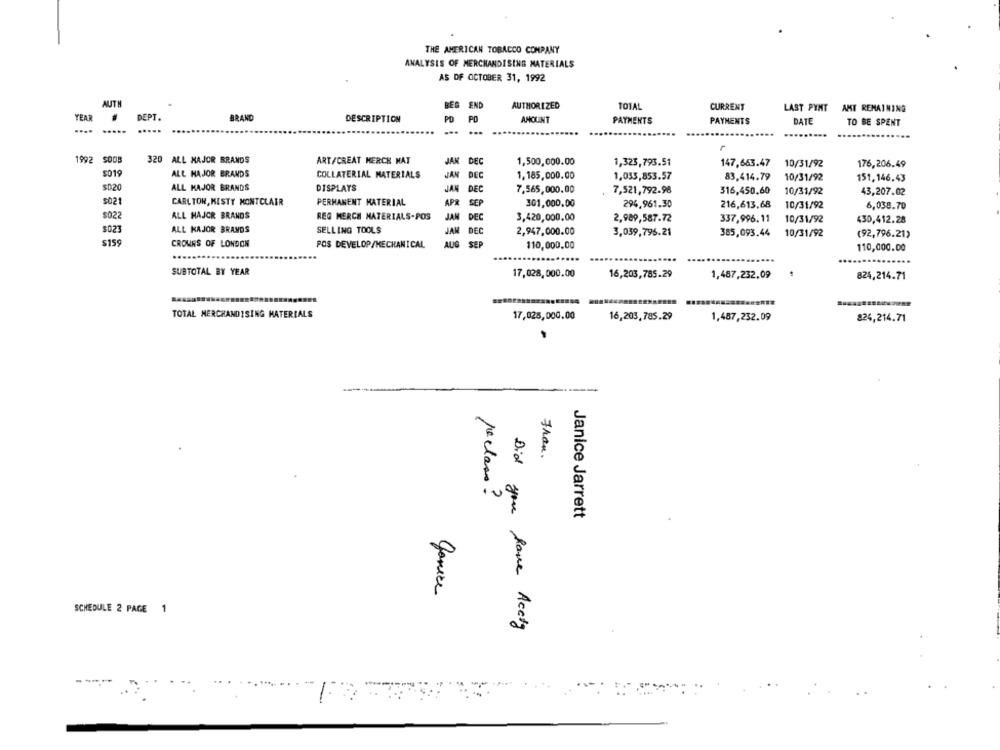
THE AMERICAN TOBACCO COMPANY
ANALYSIS OF MERCHANDISING MATERIALS
AS OF OCTOBER 31, 1992
AUTH
BEG END
AUTHORIZED
101AL
CURRENT
LAST PYNT AMT REMAINING
YEAR #
DEPT.
BRAND
DESCRIPTION
PD
PO
AMOUNT
PAYMENTS
PAYMENTS
DATE
TO BE SPENT
.... .....
.....
...
1992 SODB
320 ALL MAJOR BRANDS
ART/CREAT MERCH MAT
JAK
DEC
1,500,000.00
1,323,793.51
147,663.47
10/31/92
176,206.49
$019
ALL MAJOR BRANDS
COLLATERIAL MATERIALS
JAN DEC
1,185,000.00
1,035,853.57
83.414.79
10/31/92
151, 146.43
$D20
ALL MAJOR BRANDS
DISPLAYS
JAN DEC
7,565,000.00
7,521,792.98
316,450,60
10/31/92
43,207.02
$021
CARLTON, KISTY MONTCLAIR
PERMANENT MATERIAL
APR SEP
301,000.00
294,961.30
216,613,68
10/31/92
6,038.70
$022
ALL HAJCR BRANDS
REG MERCH MATERIALS-POS
JAN DEC
3,420,000.00
2,989,587.72
337,996.11
10/31/92
430,412.28
$021
ALL KAJOR BRANDS
SELLING TOOLS
JAN DEC
2,947,000.00
3,039,796.21
385,093.44
10/31/92
(92,796.21)
$159
CROWNS OF LONDON
POS DEVELOP/MECHANICAL
AUG SEP
110,000,00
110,000.00
.....
SUBTOTAL BY YEAR
17,028,000.00
16,203,785.29
1,487,232.09
824,214.71
TOTAL MERCHANDISING MATERIALS
17,028,000.00
16,203,785.29
1,487,232.09
824,214.71
Fran.
reclam ?
Janice Jarrett
SCHEDULE 2 PAGE 1
Did you have Accig
1: